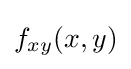
f_{xy}(x,y)